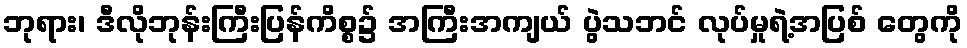
ဘုရား၊ ဒီလိုဘုန်းကြီးပြန်ကိစ္စ၌ အကြီးအကျယ် ပွဲသဘင် လုပ်မှုရဲ့အပြစ် တွေကို